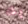
بك